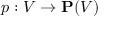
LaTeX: p : V \to \mathbf { P } ( V )